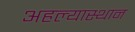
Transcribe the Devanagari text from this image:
अहल्यास्थान